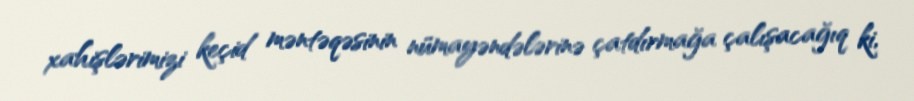
xahişlərimizi keçid məntəqəsinin nümayəndələrinə çatdırmağa çalışacağıq ki,